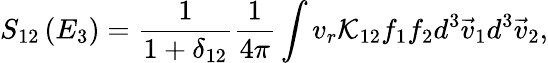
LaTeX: S_{12}\left(E_{3}\right)=\frac{1}{1+\delta_{12}}\frac{1}{4\pi}\int v_{r}\mathcal{K}_{12}f_{1}f_{2}d^{3}\vec{v}_{1}d^{3}\vec{v}_{2},